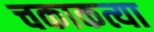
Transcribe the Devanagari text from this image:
चकाकत्या